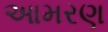
આમરણ